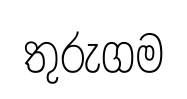
තුරුගම